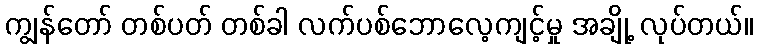
ကျွန်တော် တစ်ပတ် တစ်ခါ လက်ပစ်ဘောလေ့ကျင့်မှု အချို့ လုပ်တယ်။